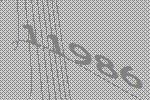
11986